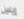
إيلين